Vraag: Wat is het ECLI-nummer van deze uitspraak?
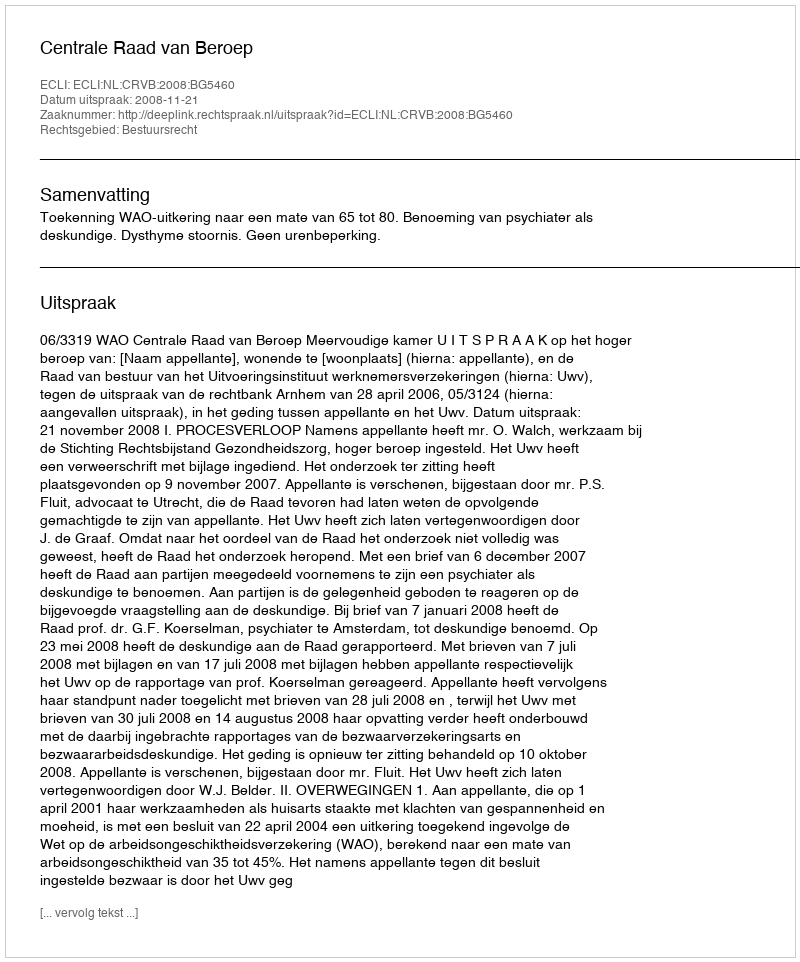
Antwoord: ECLI:NL:CRVB:2008:BG5460